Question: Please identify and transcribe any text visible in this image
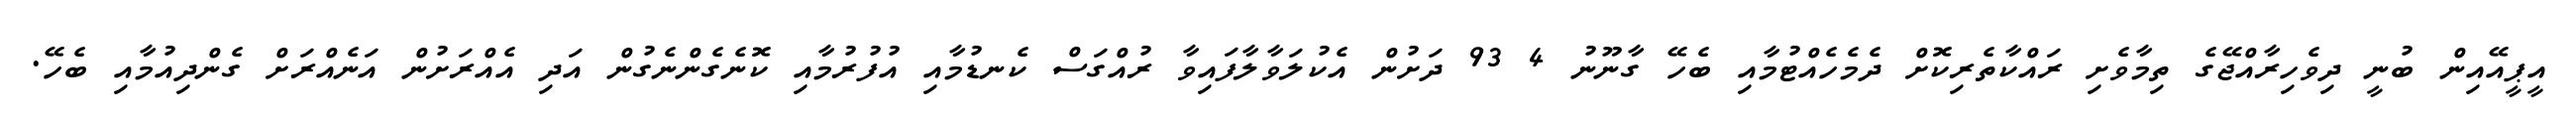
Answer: އީޕީއޭއިން ބުނީ ދިވެހިރާއްޖޭގެ ތިމާވެށި ރައްކާތެރިކޮށް ދެމެހެއްޓުމާއި ބެހޭ ގާނޫނު 4 93 ދަށުން އެކުލަވާލާފައިވާ ރުއްގަސް ކެނޑުމާއި އުފުރުމާއި ކޮނެގެންނެގުން އަދި އެއްރަށުން އަނެއްރަށް ގެންދިއުމާއި ބެހޭ.